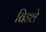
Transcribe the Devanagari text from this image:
विडले